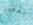
بعض